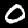
Label: 0